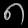
Digit: ၈